Lock hospitals Punjab
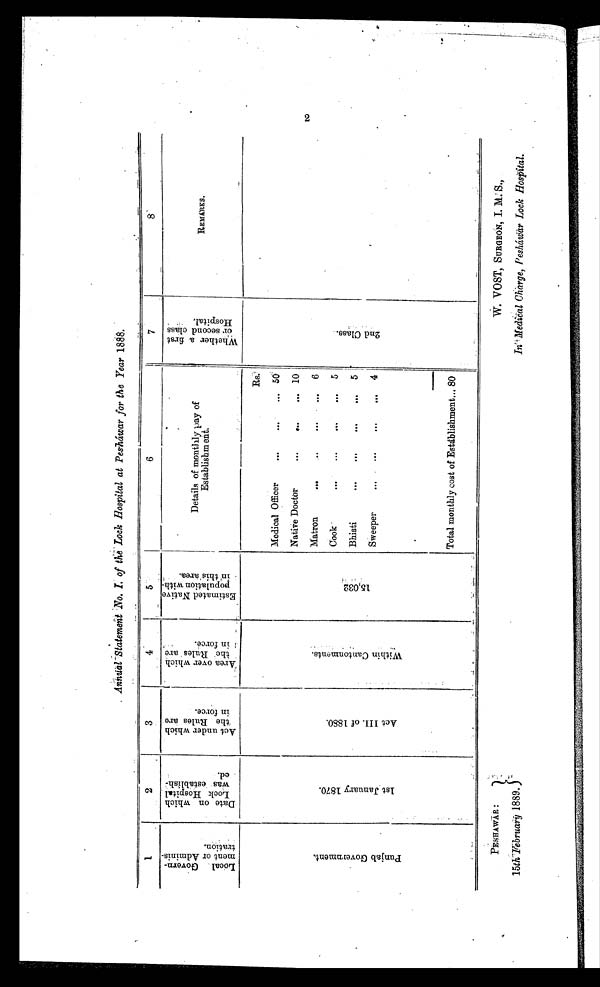
PESHAWAR:
15th February 1889.
W. VOST, SURGEON, I . M. S.,
In Medical Charge, Peshawar Lock Hospital.
Aunnal Statement No.I of the Lock Hospital at Peshawar for the Year 1888.
1
2
33
4
5
6
7
88
L o c a l G o v e r n m e n t o r A d m i n i s t r a t i o n .
Dat e on whi ch Lock Hos pi t al was es t abl i s hed.
Act under whi ch t he Rul es ar e i n f or ce.
A r e a o v e r w h i c h t h e R u l e s a r e i n f o r c e .
E s t i m a t e d N a t i v e p o p u l a t i o n w i t h i n t h i s a r e a .
D e t a i l s o f m o n t h l y p a y o f E s t a b l i s h m e n t .
W h e t h e r a f i r s t o r s e c o n d c l a s s H o s p i t a l .
REMARKS..
P u n j a b G o v e r n m e n t .
1 s t J a n u a r y 1 8 7 0 .
Act III. of 1880.
W i t h i n C a n t o n m e n t s .
1 5 , 0 3 2 .
Rs.
2 n d C l a s s .
Medical Officer
. . . ...
. . .
1 0
NNative Doctor
. . . ...
... 10
Matron
. . .
. . .
...
6
Cook.
...
...
. . .
. . . 5
Bhisti
... ..
. . .
. . . 5
Sweeper
. .
. . .
. . .
. . . 4
Total monthly cost of Establishment... 80